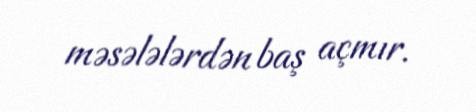
məsələlərdən baş açmır.